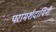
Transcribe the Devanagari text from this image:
परामर्शदायिनी